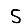
Digit: 5